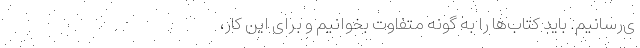
ی‌رسانیم. باید کتاب‌ها را به گونهٔ متفاوت بخوانیم و برای این کار،